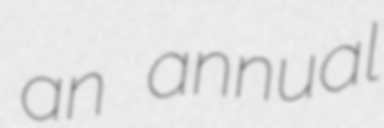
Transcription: an annual